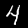
Digit: 4